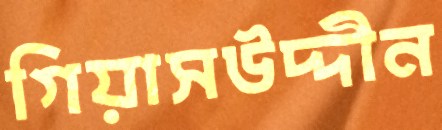
গিয়াসউদ্দীন